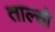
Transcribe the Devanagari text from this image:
ताल्सो